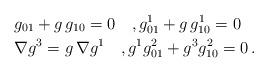
LaTeX: \begin{align*} & g_{01}+g\,g_{10}=0\quad, g^1_{01}+g\, g^1_{10}=0\\ & \nabla g^3=g \, \nabla g^1\quad,g^1 g^2_{01} +g^3g^2_{10} =0\,.\end{align*}